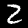
Label: 2